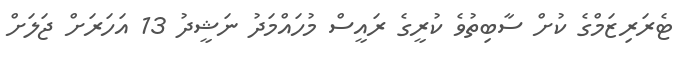
ޓެރަރިޒަމްގެ ކުށް ސާބިތުވެ ކުރީގެ ރައީސް މުހައްމަދު ނަޝީދު 13 އަހަަރަށް ޖަލަށް